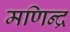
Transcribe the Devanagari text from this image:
मणिन्द्र